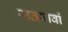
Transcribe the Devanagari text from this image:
सतानवां